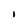
Character: i